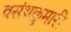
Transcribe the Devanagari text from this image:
वसंथकुमारी